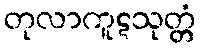
တုလာကူဋသုတ္တံ